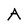
Character: A